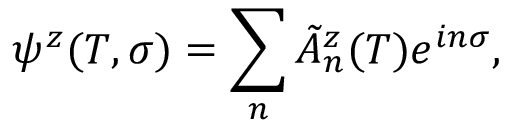
\psi ^ { z } ( T , \sigma ) = \sum _ { n } \tilde { \cal A } \vphantom { \cal A } _ { n } ^ { z } ( T ) e ^ { i n \sigma } ,